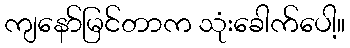
ကျနော်မြင်တာက သုံးခေါက်ပေါ့။